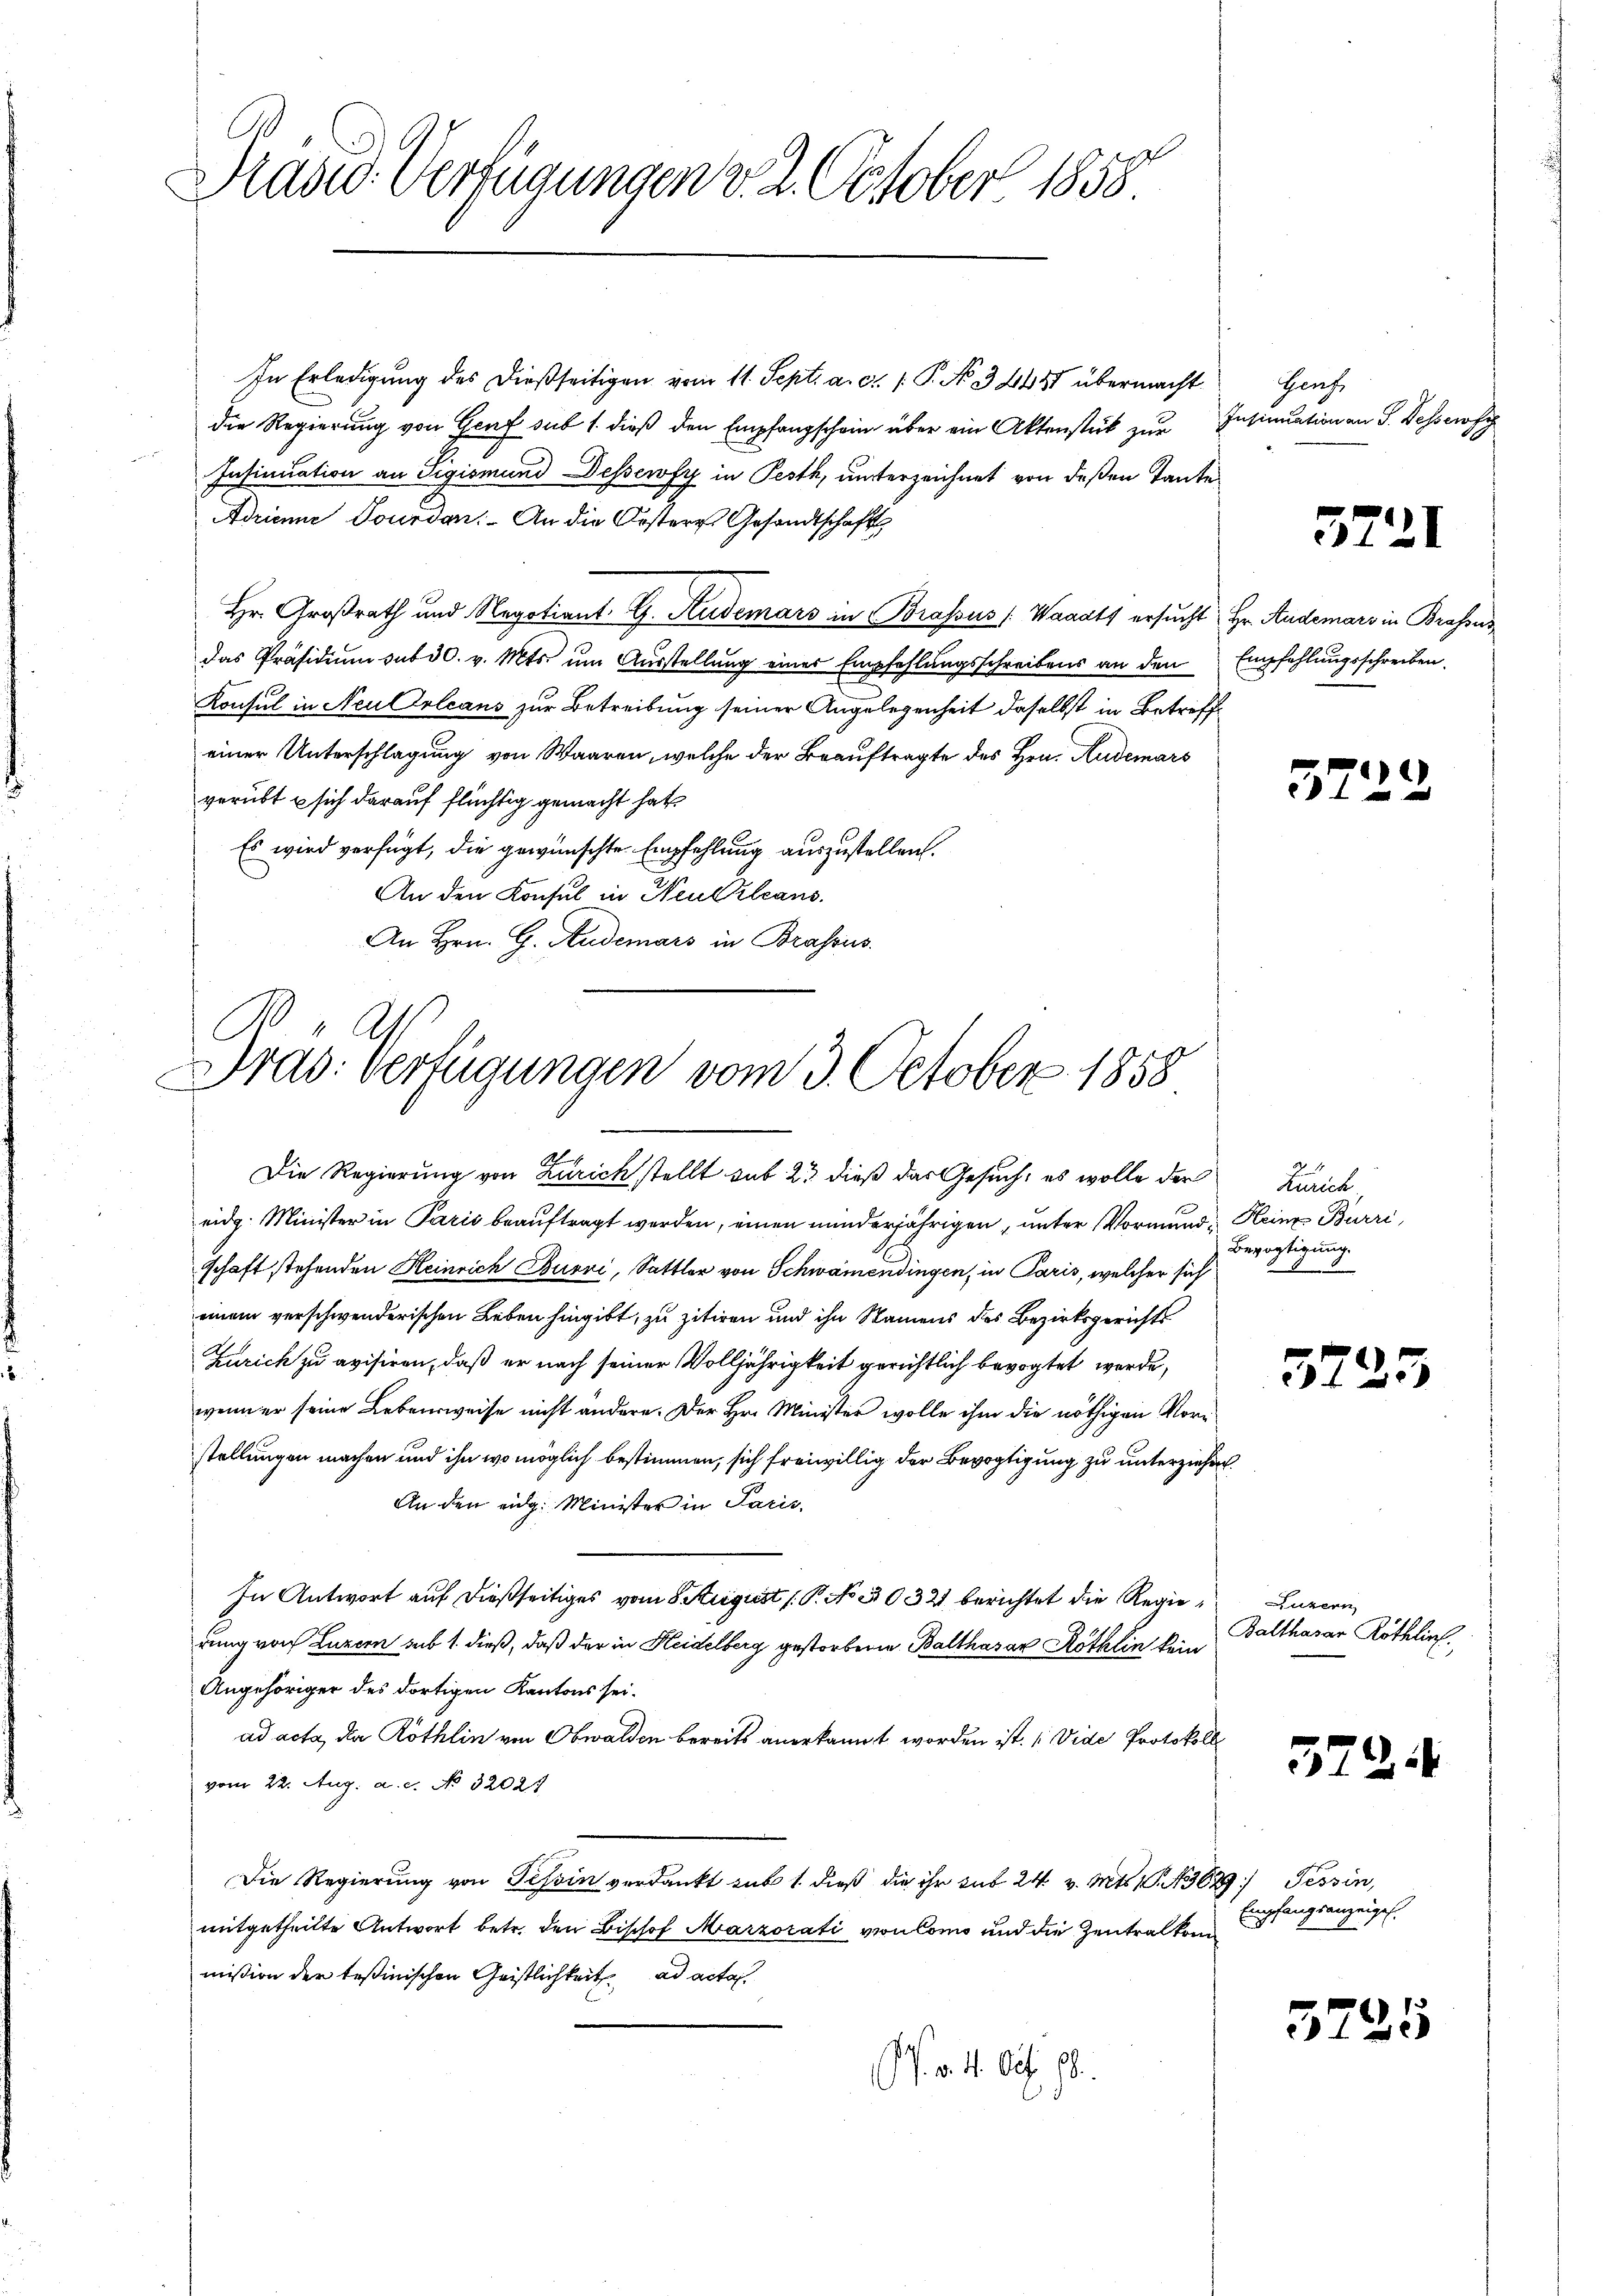
Prades Verfügungen v. 2. October 1858

In Erledigung des dießseitigen vom 11. Sept. a. c. 1. P. No 32448 übermacht
die Regierung von Genf sub 1. dieß den Empfangschein über ein Aktenstück zur
u
Insinuation an Sigismund Dessewfy in Pesth, unterzeichnet von deßen Tante
Adrianne Dourdan. An die Orsteres Gesandtschaft
Hr. Großrath und Regotiant. G. Rudemars in Brassus (Waadt ersucht Hr. Andemars in Brasses
das Präsidium sub 30. v. Mts. um Ausstellung einer Empfehlungsschreibens an den Empfehlungsschreiben.
Konsul in Neu Orleans zur Betreibung seiner Angelegenheit daselbst in Betreff
einer Unterschlagung von Waaren, welche der Beauftragte des Hrn. Zudemars
verübt & sich darauf flüchtig gemacht hat
Es wird verfügt, die gewünschte Empfehlung auszustellen.
An den Konsul in Neulzleans
An Hrn. G. Andemars in Brassus.

Präs. Verfügungen vom 3. October 1858

Die Regierung von Zürich stellt sub 23 dieß das Gesuch, es wolle der Zürich
eidg. Minister in Paris beauftragt werden, einen minderjährigen, unter Vormund Heinz Burri,
schaft stehenden Heinrich Burri, Sattler von Schwamendingen, in Paris, welcher sich
einem verschwenderischen Leben hingibt, zu zitiren und ihn Namens des Bezirksgerichts
Zürich zu avisiren, daß er nach seiner Volljährigkeit gerichtlich bevogtet werde,
wenn er seine Lebensweise nicht ändere. Der Hr. Minister wolle ihm die nöthigen Vorstellungen machen und ihn wo möglich bestimmen, sich freiwillig der Bevogtigung zu unterziehen.
An den eidg. Minister in Paris.
In Antwort auf dießseitiges vom 8 August (P. No 1032 berichtet die Regierung von Luzern sub 1. dieß, daß der in Heidelberg gestorbene Balthasar Röthlin kein
Angehöriger des dortigen Kantons sei.
ad acta, die Röthlin von Obwalden bereits anerkannt worden ist. (Vide Protokoll
vom 22. Aug. a. c. No. 32027
Die Regierung von Tessin verdankt sub 1. dieß die ihr sub 24 v. Mts. 1. 362) Tessin,
mitgetheilte Antwort betr. den Bischof Marzorati von Como und die Zentralkom
mission der testinischen Geistlichkeit ad acta
P. v. 4. Oct. 18.

Haufe
Insinuation an P. Dessensc

5721

5722

Bevogtigung

3725

Luzern
Balthasar Röthlich.

522

Empfangsanzeigel.

5725